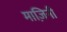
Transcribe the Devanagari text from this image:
माज़िनी